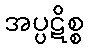
အပ္ပဋိစ္စ